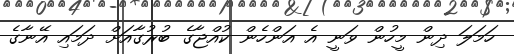
ހަމަލަ ދިން މީހުން ވަނީ އެ އަންހެން ކުއްޖާގެ ބުރުގާއަށް ދަމައި އޭނާގެ